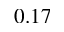
0 . 1 7